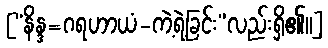
[“နိန္ဒ=ဂရဟာယံ-ကဲ့ရဲ့ခြင်း”လည်းရှိ၏၊၊]